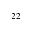
^ { 2 2 }